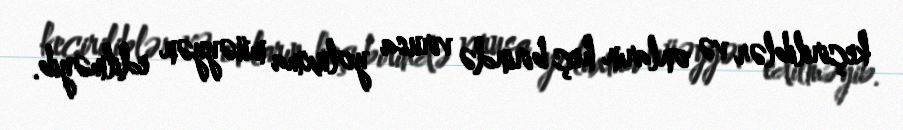
keçiriliblər və onların heç birində virusa yoluxma müəyyən edilməyib.